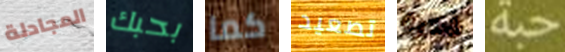
المجادلة بحبك كما تصعيد قدرة حبة